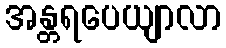
အန္တရပေယျာလာ